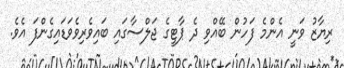
ރިޔާޒު ވަނީ އެންމެ ފަހުން ބޭއްވި ދެ ޕާޓީގެ ޖަލްސާގައި ބައިވެރިވެވަޑައިގެންފަ އެވެ.